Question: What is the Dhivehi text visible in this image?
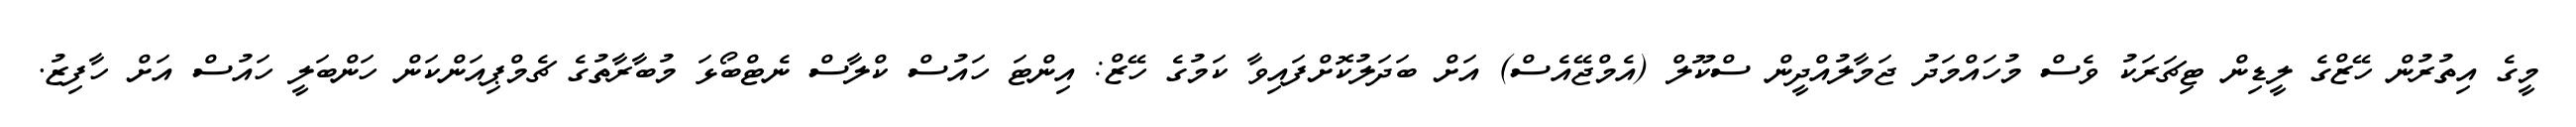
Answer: މީގެ އިތުރުން ހޭޒްގެ ލީޑިން ޓިޗަރަކު ވެސް މުހައްމަދު ޖަމާލުއްދީން ސްކޫލް (އެމްޖޭއެސް) އަށް ބަދަލުކޮށްފައިވާ ކަމުގެ ހޭޒް: އިންޓަ ހައުސް ކްލާސް ނެޓްބޯޅަ މުބާރާތުގެ ޗެމްޕިއަންކަން ހަންބަލީ ހައުސް އަށް ހާފިޒު.